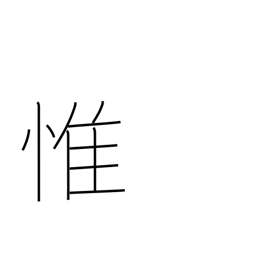
Meaning: consider